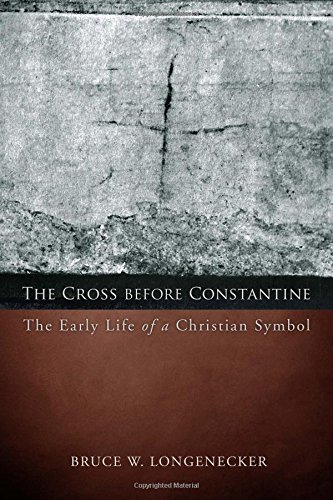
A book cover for The Cross Before Constantine: The Early Life of a Christian Symbol; Bruce W. Longenecker; Christian Books & Bibles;